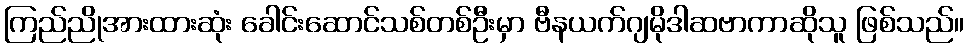
ကြည်ညိုအားထားဆုံး ခေါင်းဆောင်သစ်တစ်ဦးမှာ ဗီနယက်ဂျမိုဒါဆဗာကာဆိုသူ ဖြစ်သည်။